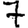
Digit: 7